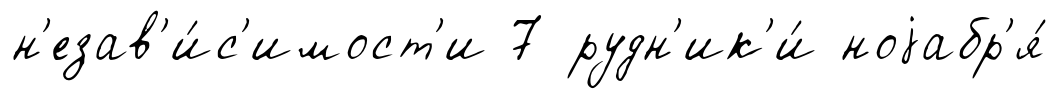
н'езав'и́с'имост'и 7 рудн'ик'и́ ноjабр'я́